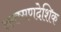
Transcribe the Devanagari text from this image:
लक्ष्मणदेशिक